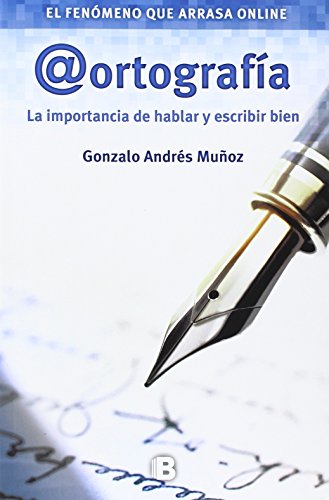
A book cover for Ortografia (Spanish Edition); Gonzalo Andres Munoz; Reference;